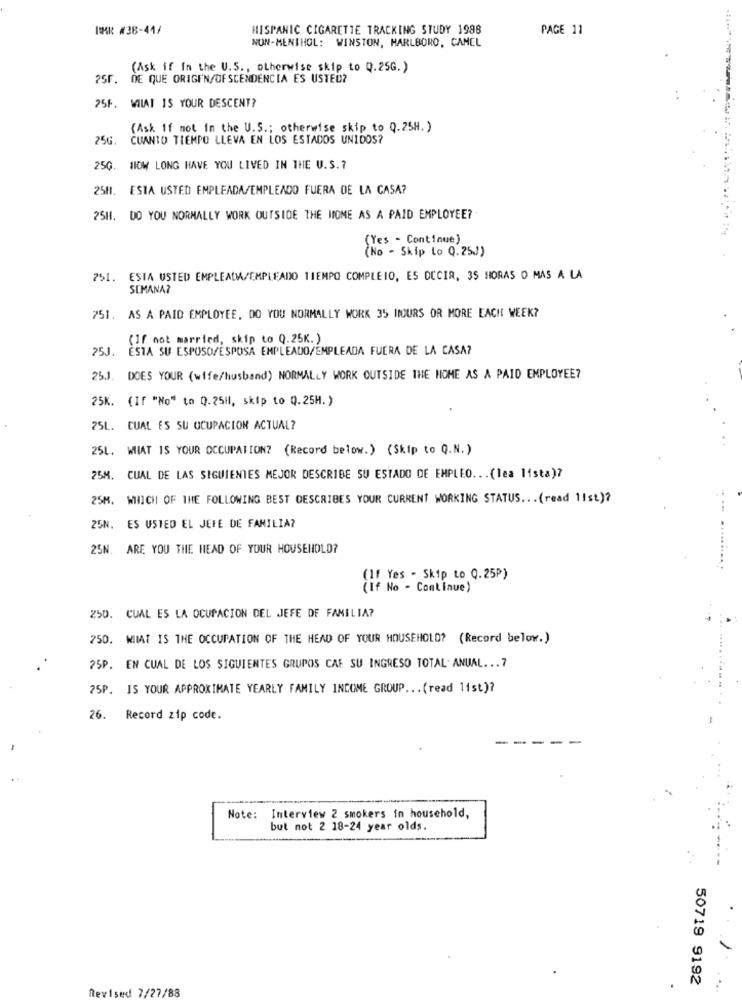
BAR #38-41/
HISPANIC CIGARETTE TRACKING STUDY 1988
PAGE 11
NON-MENTHOL: WINSTON, MARLBORO, CANEL
(Ask if In the U.S ., otherwise skip to Q.25G.)
?SF. DE QUE ORIGEN/OFSCENDENCIA ES USTED?
25F. WIIAT IS YOUR DESCENT?
(Ask If not in the U.S .; otherwise skip to Q.25H. )
25G.
CUANTO TIEMPO LLEVA EN LOS ESTADOS UNIDOS?
25G. HOW LONG HAVE YOU LIVED IN THE U.S .?
25H. ESTA USTED EMPLEADA/EMPLEADO FUERA DE LA CASA?
25H. DO YOU NORMALLY WORK OUTSIDE THE HOME AS A PAID EMPLOYEE?
(Yes - Continue)
(No - Skip Lo Q.25J)
751. ESTA USTED EMPLEADA/EMPLEADO TIEMPO COMPLEIO, ES DECIR, 35 HORAS O MAS A LA
SEMANA?
751. AS A PAID EMPLOYEE, DO YOU NORMALLY WORK 35 HOURS OR MORE EACH WEEK?
(If not married, skip to Q.25K. )
25J. ESTA SU ESPOSO/ESPOSA EMPLEADO/EMPLEADA FUERA DE LA CASA?
25J. DOES YOUR (wife/husband) NORMALLY WORK OUTSIDE THE HOME AS A PAID EMPLOYEE?
25K. (If "No" to Q. 25H, skip to Q.25H.)
25L. CUAL ES SU OCUPACION ACTUAL?
25L. WHAT IS YOUR OCCUPATION? (Record below.) (Skip to Q.N.)
25M. CUAL DE LAS SIGUIENTES MEJOR DESCRIBE SU ESTADO DE EMPLEO ... (lea lista)?
25M. WHICH OF THE FOLLOWING BEST DESCRIBES YOUR CURRENT WORKING STATUS .. . (read 11st)?
25N. ES USTED EL JEFE DE FAMILIA?
25N. ARE YOU THE HEAD OF YOUR HOUSEHOLD?
........
(If Yes - Skip to Q.25P)
(If No - Continue)
250. CUAL ES LA OCUPACION DEL JEFE DE FAMILIA?
750. WIAT IS THE OCCUPATION OF THE HEAD OF YOUR HOUSEHOLD? (Record below.)
25P. EN CUAL DE LOS SIGUIENTES GRUPOS CAF SU INGRESO TOTAL . ANUAL. .. 7
25P. IS YOUR APPROXIMATE YEARLY FAMILY INCOME GROUP ... (read 1ist)?
26. Record zip code.
Note: Interview 2 smokers in household,
but not 2 18-24 year olds.
50719 9192
Revised 7/27/88